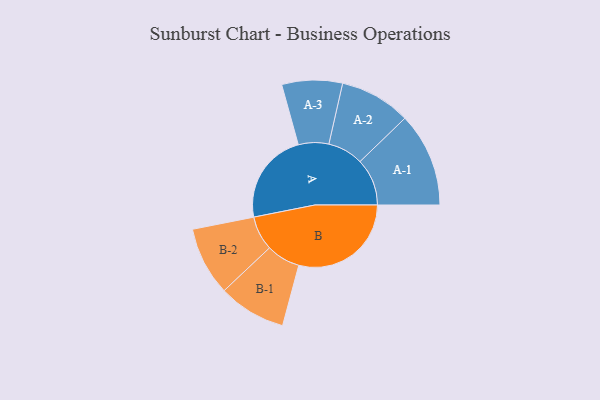
{"axis": {"x": "Segment", "y": "Value"}, "legend": ["", "A", "B"], "data": [{"x": "A", "y": 382, "type": ""}, {"x": "B", "y": 468, "type": ""}, {"x": "A-1", "y": 196, "type": "A"}, {"x": "A-2", "y": 148, "type": "A"}, {"x": "A-3", "y": 126, "type": "A"}, {"x": "B-1", "y": 141, "type": "B"}, {"x": "B-2", "y": 143, "type": "B"}]}